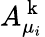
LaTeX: A_{\mu_{i}}^{\mathrm{~k~}}